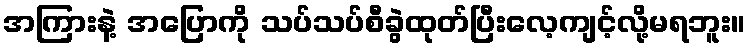
အကြားနဲ့ အပြောကို သပ်သပ်စီခွဲထုတ်ပြီးလေ့ကျင့်လို့မရဘူး။